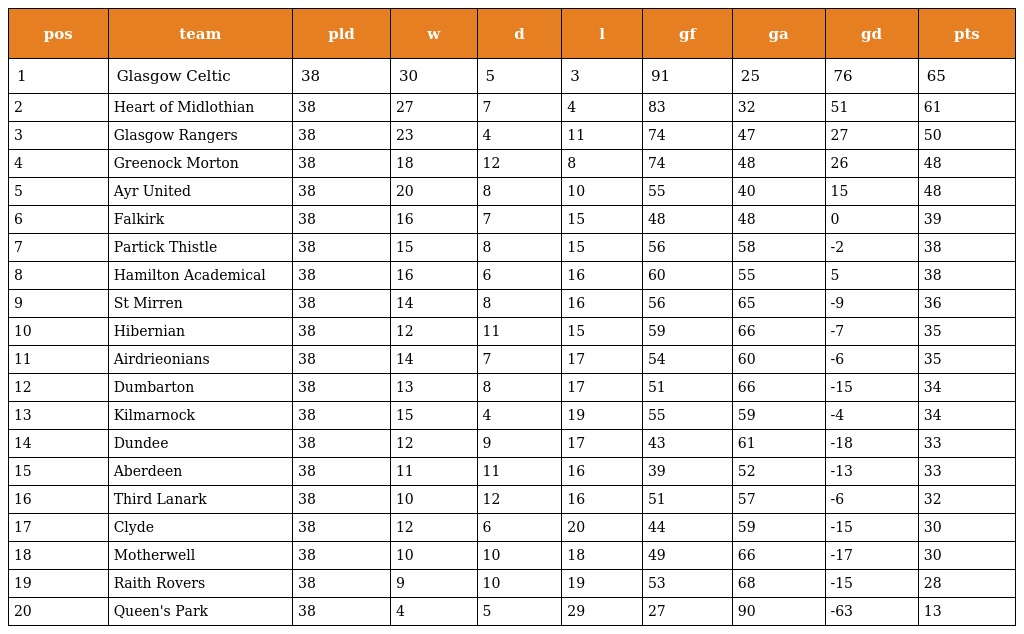
| pos | team | pld | w | d | l | gf | ga | gd | pts |
 | --- | --- | --- | --- | --- | --- | --- | --- | --- | --- |
 | 1 | Glasgow Celtic | 38 | 30 | 5 | 3 | 91 | 25 | 76 | 65 |
 | 2 | Heart of Midlothian | 38 | 27 | 7 | 4 | 83 | 32 | 51 | 61 |
 | 3 | Glasgow Rangers | 38 | 23 | 4 | 11 | 74 | 47 | 27 | 50 |
 | 4 | Greenock Morton | 38 | 18 | 12 | 8 | 74 | 48 | 26 | 48 |
 | 5 | Ayr United | 38 | 20 | 8 | 10 | 55 | 40 | 15 | 48 |
 | 6 | Falkirk | 38 | 16 | 7 | 15 | 48 | 48 | 0 | 39 |
 | 7 | Partick Thistle | 38 | 15 | 8 | 15 | 56 | 58 | -2 | 38 |
 | 8 | Hamilton Academical | 38 | 16 | 6 | 16 | 60 | 55 | 5 | 38 |
 | 9 | St Mirren | 38 | 14 | 8 | 16 | 56 | 65 | -9 | 36 |
 | 10 | Hibernian | 38 | 12 | 11 | 15 | 59 | 66 | -7 | 35 |
 | 11 | Airdrieonians | 38 | 14 | 7 | 17 | 54 | 60 | -6 | 35 |
 | 12 | Dumbarton | 38 | 13 | 8 | 17 | 51 | 66 | -15 | 34 |
 | 13 | Kilmarnock | 38 | 15 | 4 | 19 | 55 | 59 | -4 | 34 |
 | 14 | Dundee | 38 | 12 | 9 | 17 | 43 | 61 | -18 | 33 |
 | 15 | Aberdeen | 38 | 11 | 11 | 16 | 39 | 52 | -13 | 33 |
 | 16 | Third Lanark | 38 | 10 | 12 | 16 | 51 | 57 | -6 | 32 |
 | 17 | Clyde | 38 | 12 | 6 | 20 | 44 | 59 | -15 | 30 |
 | 18 | Motherwell | 38 | 10 | 10 | 18 | 49 | 66 | -17 | 30 |
 | 19 | Raith Rovers | 38 | 9 | 10 | 19 | 53 | 68 | -15 | 28 |
 | 20 | Queen's Park | 38 | 4 | 5 | 29 | 27 | 90 | -63 | 13 |